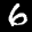
Label: 6